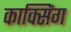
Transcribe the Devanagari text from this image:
काक्सिंग